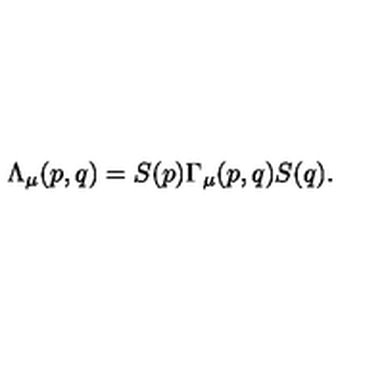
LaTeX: \Lambda _ { \mu } ( p , q ) = S ( p ) \Gamma _ { \mu } ( p , q ) S ( q ) .